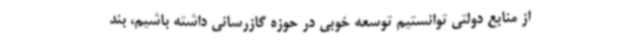
از منابع دولتی توانستیم توسعه خوبی در حوزه گازرسانی داشته باشیم، بند